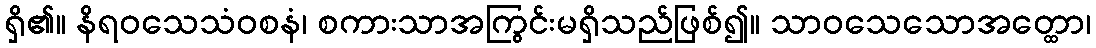
ရှိ၏။ နိရဝသေသံဝစနံ၊ စကားသာအကြွင်းမရှိသည်ဖြစ်၍။ သာဝသေသောအတ္ထော၊